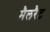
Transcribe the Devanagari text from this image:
मैलरैट